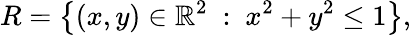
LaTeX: R=\left\{ (x,y)\in\mathbb{R}^{2}\ :\ x^{2}+y^{2}\leq 1\right\} ,